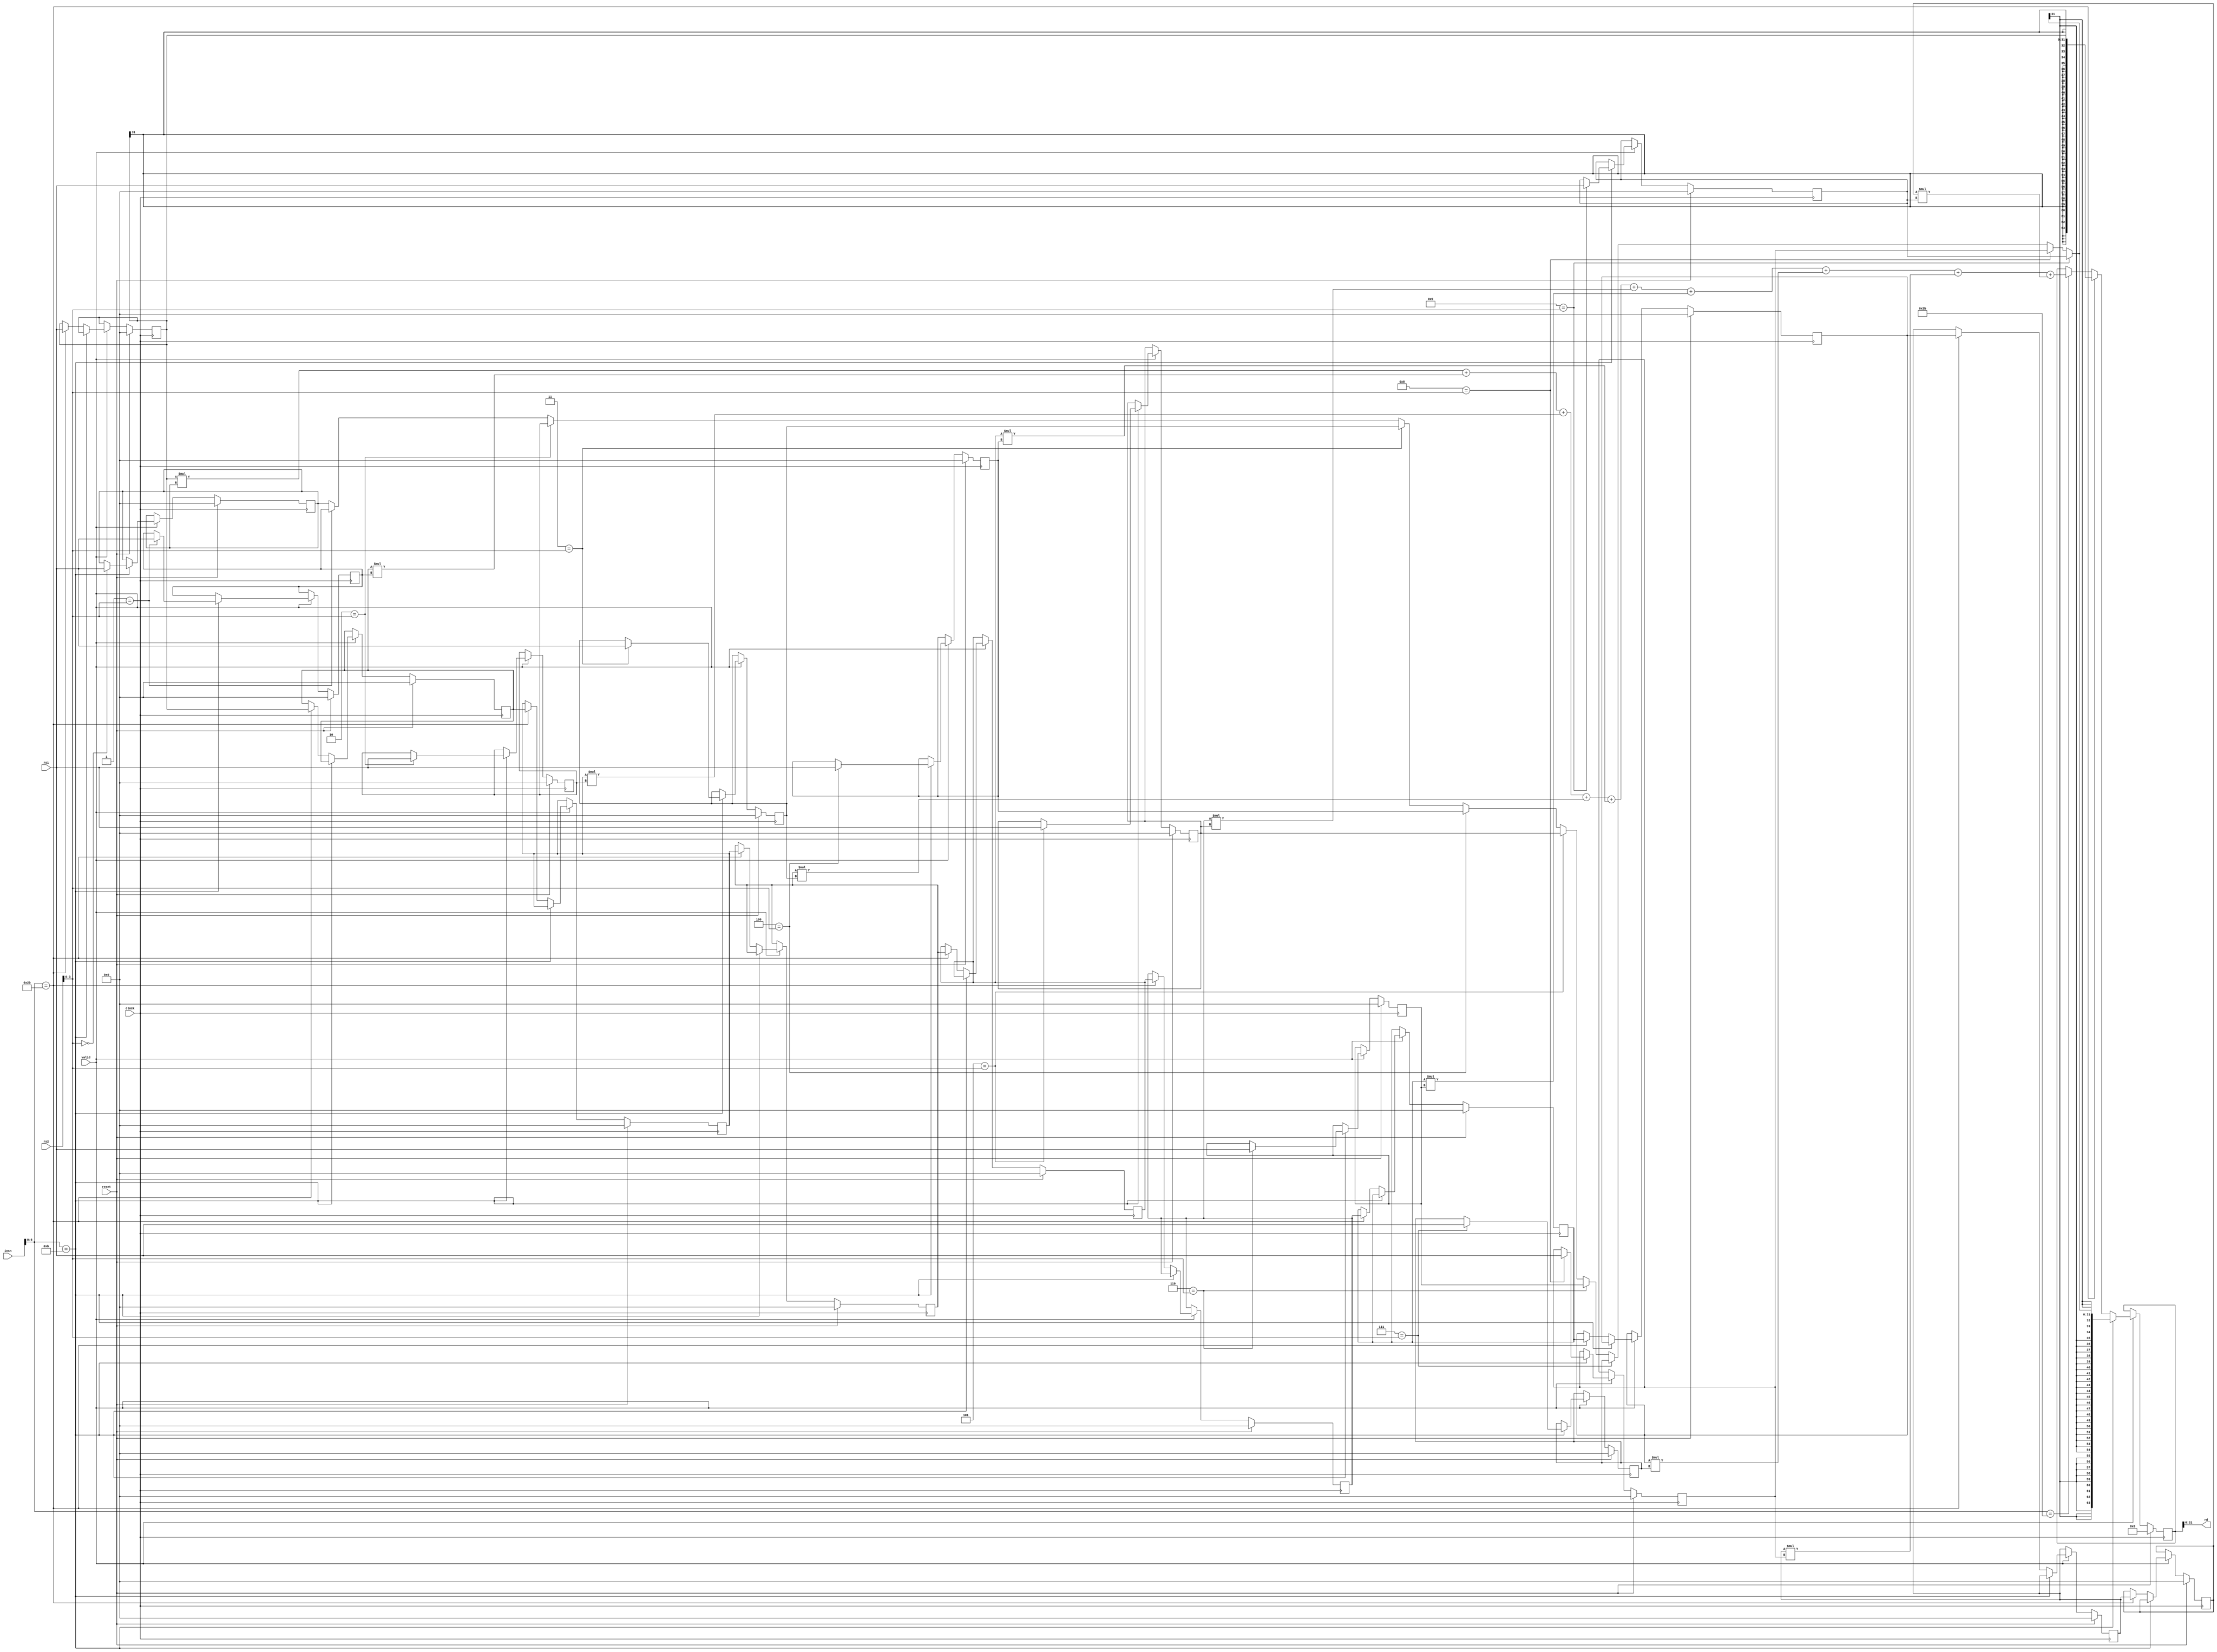
module SCIEPipelined #(parameter XLEN = 32)(
  input         clock,
  input         reset,
  input         valid,
  input  [31:0] insn,
  input  [31:0] rs1,
  input  [31:0] rs2,
  output [31:0] rd
);
  reg [31:0] coeffs_0;
  reg [31:0] coeffs_1;
  reg [31:0] coeffs_2;
  reg [31:0] coeffs_3;
  reg [31:0] coeffs_4;
  reg [31:0] coeffs_5;
  reg [31:0] coeffs_6;
  reg [31:0] coeffs_7;
  reg [31:0] coeffs_8;
  reg [31:0] coeffs_9;
  reg [31:0] data_0;
  reg [31:0] data_1;
  reg [31:0] data_2;
  reg [31:0] data_3;
  reg [31:0] data_4;
  reg [31:0] data_5;
  reg [31:0] data_6;
  reg [31:0] data_7;
  reg [31:0] data_8;
  reg [31:0] data_9;
  reg [63:0] result;
  wire [31:0] _GEN_11 = 4'h1 == rs2[3:0] ? $signed(coeffs_1) : $signed(coeffs_0);
  wire [31:0] _GEN_12 = 4'h2 == rs2[3:0] ? $signed(coeffs_2) : $signed(_GEN_11);
  wire [31:0] _GEN_13 = 4'h3 == rs2[3:0] ? $signed(coeffs_3) : $signed(_GEN_12);
  wire [31:0] _GEN_14 = 4'h4 == rs2[3:0] ? $signed(coeffs_4) : $signed(_GEN_13);
  wire [31:0] _GEN_15 = 4'h5 == rs2[3:0] ? $signed(coeffs_5) : $signed(_GEN_14);
  wire [31:0] _GEN_16 = 4'h6 == rs2[3:0] ? $signed(coeffs_6) : $signed(_GEN_15);
  wire [31:0] _GEN_17 = 4'h7 == rs2[3:0] ? $signed(coeffs_7) : $signed(_GEN_16);
  wire [31:0] _GEN_18 = 4'h8 == rs2[3:0] ? $signed(coeffs_8) : $signed(_GEN_17);
  wire [31:0] _GEN_19 = 4'h9 == rs2[3:0] ? $signed(coeffs_9) : $signed(_GEN_18);
  wire [63:0] _result_T_2 = $signed(data_0) * $signed(coeffs_0);
  wire [63:0] _result_T_3 = $signed(data_1) * $signed(coeffs_1);
  wire [63:0] _result_T_4 = $signed(data_2) * $signed(coeffs_2);
  wire [63:0] _result_T_5 = $signed(data_3) * $signed(coeffs_3);
  wire [63:0] _result_T_6 = $signed(data_4) * $signed(coeffs_4);
  wire [63:0] _result_T_7 = $signed(data_5) * $signed(coeffs_5);
  wire [63:0] _result_T_8 = $signed(data_6) * $signed(coeffs_6);
  wire [63:0] _result_T_9 = $signed(data_7) * $signed(coeffs_7);
  wire [63:0] _result_T_10 = $signed(data_8) * $signed(coeffs_8);
  wire [63:0] _result_T_11 = $signed(data_9) * $signed(coeffs_9);
  wire [63:0] _result_T_14 = $signed(_result_T_2) + $signed(_result_T_3);
  wire [63:0] _result_T_17 = $signed(_result_T_14) + $signed(_result_T_4);
  wire [63:0] _result_T_20 = $signed(_result_T_17) + $signed(_result_T_5);
  wire [63:0] _result_T_23 = $signed(_result_T_20) + $signed(_result_T_6);
  wire [63:0] _result_T_26 = $signed(_result_T_23) + $signed(_result_T_7);
  wire [63:0] _result_T_29 = $signed(_result_T_26) + $signed(_result_T_8);
  wire [63:0] _result_T_32 = $signed(_result_T_29) + $signed(_result_T_9);
  wire [63:0] _result_T_35 = $signed(_result_T_32) + $signed(_result_T_10);
  wire [63:0] _result_T_38 = $signed(_result_T_35) + $signed(_result_T_11);
  wire [63:0] _GEN_20 = insn[6:0] == 7'h3b ? $signed(_result_T_38) : $signed(result);
  assign rd = result[31:0];
  always @(posedge clock) begin
    if (reset) begin
      coeffs_0 <= 32'sh0;
    end else if (valid) begin
      if (insn[6:0] == 7'hb) begin
        if (4'h0 == rs2[3:0]) begin
          coeffs_0 <= rs1;
        end
      end
    end
    if (reset) begin
      coeffs_1 <= 32'sh0;
    end else if (valid) begin
      if (insn[6:0] == 7'hb) begin
        if (4'h1 == rs2[3:0]) begin
          coeffs_1 <= rs1;
        end
      end
    end
    if (reset) begin
      coeffs_2 <= 32'sh0;
    end else if (valid) begin
      if (insn[6:0] == 7'hb) begin
        if (4'h2 == rs2[3:0]) begin
          coeffs_2 <= rs1;
        end
      end
    end
    if (reset) begin
      coeffs_3 <= 32'sh0;
    end else if (valid) begin
      if (insn[6:0] == 7'hb) begin
        if (4'h3 == rs2[3:0]) begin
          coeffs_3 <= rs1;
        end
      end
    end
    if (reset) begin
      coeffs_4 <= 32'sh0;
    end else if (valid) begin
      if (insn[6:0] == 7'hb) begin
        if (4'h4 == rs2[3:0]) begin
          coeffs_4 <= rs1;
        end
      end
    end
    if (reset) begin
      coeffs_5 <= 32'sh0;
    end else if (valid) begin
      if (insn[6:0] == 7'hb) begin
        if (4'h5 == rs2[3:0]) begin
          coeffs_5 <= rs1;
        end
      end
    end
    if (reset) begin
      coeffs_6 <= 32'sh0;
    end else if (valid) begin
      if (insn[6:0] == 7'hb) begin
        if (4'h6 == rs2[3:0]) begin
          coeffs_6 <= rs1;
        end
      end
    end
    if (reset) begin
      coeffs_7 <= 32'sh0;
    end else if (valid) begin
      if (insn[6:0] == 7'hb) begin
        if (4'h7 == rs2[3:0]) begin
          coeffs_7 <= rs1;
        end
      end
    end
    if (reset) begin
      coeffs_8 <= 32'sh0;
    end else if (valid) begin
      if (insn[6:0] == 7'hb) begin
        if (4'h8 == rs2[3:0]) begin
          coeffs_8 <= rs1;
        end
      end
    end
    if (reset) begin
      coeffs_9 <= 32'sh0;
    end else if (valid) begin
      if (insn[6:0] == 7'hb) begin
        if (4'h9 == rs2[3:0]) begin
          coeffs_9 <= rs1;
        end
      end
    end
    if (reset) begin
      data_0 <= 32'sh0;
    end else if (valid) begin
      if (!(insn[6:0] == 7'hb)) begin
        if (insn[6:0] == 7'h2b) begin
          data_0 <= rs1;
        end
      end
    end
    if (reset) begin
      data_1 <= 32'sh0;
    end else if (valid) begin
      if (!(insn[6:0] == 7'hb)) begin
        if (insn[6:0] == 7'h2b) begin
          data_1 <= data_0;
        end
      end
    end
    if (reset) begin
      data_2 <= 32'sh0;
    end else if (valid) begin
      if (!(insn[6:0] == 7'hb)) begin
        if (insn[6:0] == 7'h2b) begin
          data_2 <= data_1;
        end
      end
    end
    if (reset) begin
      data_3 <= 32'sh0;
    end else if (valid) begin
      if (!(insn[6:0] == 7'hb)) begin
        if (insn[6:0] == 7'h2b) begin
          data_3 <= data_2;
        end
      end
    end
    if (reset) begin
      data_4 <= 32'sh0;
    end else if (valid) begin
      if (!(insn[6:0] == 7'hb)) begin
        if (insn[6:0] == 7'h2b) begin
          data_4 <= data_3;
        end
      end
    end
    if (reset) begin
      data_5 <= 32'sh0;
    end else if (valid) begin
      if (!(insn[6:0] == 7'hb)) begin
        if (insn[6:0] == 7'h2b) begin
          data_5 <= data_4;
        end
      end
    end
    if (reset) begin
      data_6 <= 32'sh0;
    end else if (valid) begin
      if (!(insn[6:0] == 7'hb)) begin
        if (insn[6:0] == 7'h2b) begin
          data_6 <= data_5;
        end
      end
    end
    if (reset) begin
      data_7 <= 32'sh0;
    end else if (valid) begin
      if (!(insn[6:0] == 7'hb)) begin
        if (insn[6:0] == 7'h2b) begin
          data_7 <= data_6;
        end
      end
    end
    if (reset) begin
      data_8 <= 32'sh0;
    end else if (valid) begin
      if (!(insn[6:0] == 7'hb)) begin
        if (insn[6:0] == 7'h2b) begin
          data_8 <= data_7;
        end
      end
    end
    if (reset) begin
      data_9 <= 32'sh0;
    end else if (valid) begin
      if (!(insn[6:0] == 7'hb)) begin
        if (insn[6:0] == 7'h2b) begin
          data_9 <= data_8;
        end
      end
    end
    if (reset) begin
      result <= 64'sh0;
    end else if (valid) begin
      if (insn[6:0] == 7'hb) begin
        result <= {{32{_GEN_19[31]}},_GEN_19};
      end else if (insn[6:0] == 7'h2b) begin
        result <= {{32{data_0[31]}},data_0};
      end else begin
        result <= _GEN_20;
      end
    end
  end
endmodule